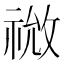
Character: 𫀙